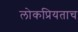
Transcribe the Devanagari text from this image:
लोकप्रियताच